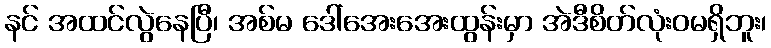
နင် အထင်လွဲနေပြီ၊ အစ်မ ဒေါ်အေးအေးထွန်းမှာ အဲဒီစိတ်လုံးဝမရှိဘူး၊